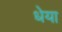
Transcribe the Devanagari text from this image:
धेया